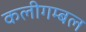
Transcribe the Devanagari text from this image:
कलीगम्बल